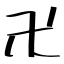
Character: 卍